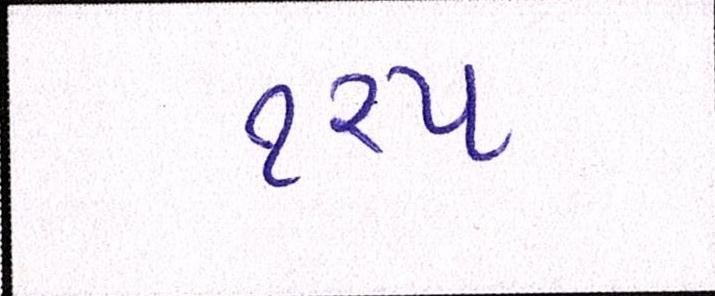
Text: ૧૨૫